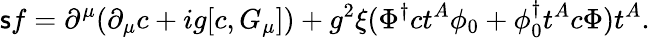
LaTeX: {\sf s}f=\partial^{\mu}(\partial_{\mu}c+ig[c,G_{\mu}])+g^{2}\xi(\Phi^{\dagger}ct^{A}\phi_{0}+\phi_{0}^{\dagger}t^{A}c\Phi)t^{A}.